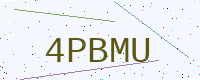
Text: 4PBMU